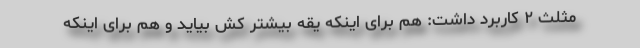
مثلث ۲ کاربرد داشت: هم برای اینکه یقه بیشتر کش بیاید و هم برای اینکه